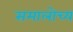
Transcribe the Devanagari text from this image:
समालोच्य